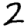
Digit: 2